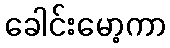
ခေါင်းမော့ကာ